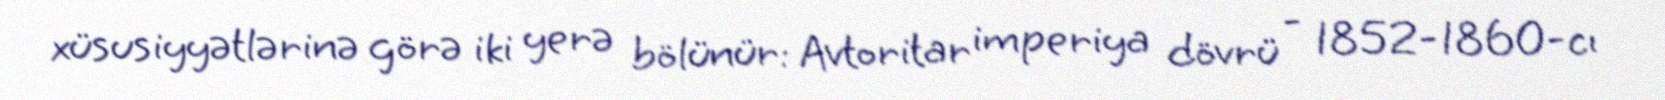
xüsusiyyətlərinə görə iki yerə bölünür: Avtoritar imperiya dövrü - 1852-1860-cı